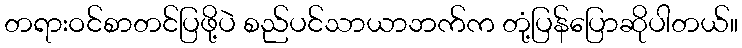
တရားဝင်စာတင်ပြဖို့ပဲ စည်ပင်သာယာဘက်က တုံ့ပြန်ပြောဆိုပါတယ်။